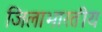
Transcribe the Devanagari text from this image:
जिलाभारतीय